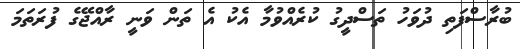
ބުރާސްފަތި ދުވަހު ތަސްދީގު ކުރެއްވުމާ އެކު އެ ތަން ވަނީ ރާއްޖޭގެ ފުރަތަމަ